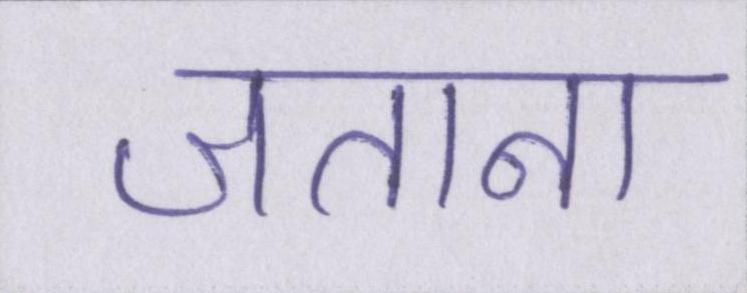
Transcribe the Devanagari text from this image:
जताना